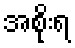
အစိုးရ